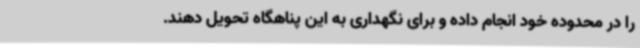
را در محدوده خود انجام داده و برای نگهداری به این پناهگاه تحویل دهند.